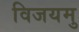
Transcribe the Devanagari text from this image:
विजयमु